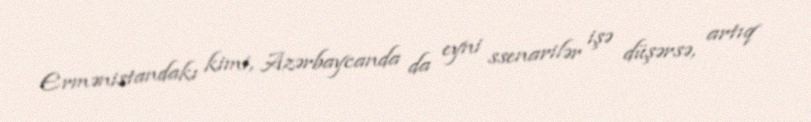
Ermənistandakı kimi, Azərbaycanda da eyni ssenarilər işə düşərsə, artıq